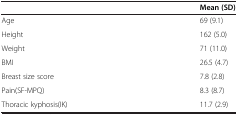
<table><thead><tr><td><b> </b></td><td><b>Mean (SD)</b></td></tr></thead><tbody><tr><td>Age</td><td>69 (9.1)</td></tr><tr><td>Height</td><td>162 (5.0)</td></tr><tr><td>Weight</td><td>71 (11.0)</td></tr><tr><td>BMI</td><td>26.5 (4.7)</td></tr><tr><td>Breast size score</td><td>7.8 (2.8)</td></tr><tr><td>Pain(SF-MPQ)</td><td>8.3 (8.7)</td></tr><tr><td>Thoracic kyphosis(IK)</td><td>11.7 (2.9)</td></tr></tbody></table>